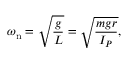
\omega _ { \mathrm { n } } = { \sqrt { \frac { g } { L } } } = { \sqrt { \frac { m g r } { I _ { P } } } } ,